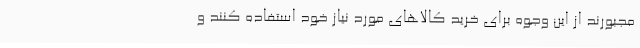
مجبورند از این وجوه برای خرید کالاهای مورد نیاز خود استفاده کنند و